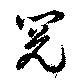
閲